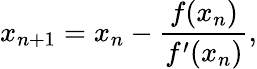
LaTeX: x_{n+1}=x_{n}-{\frac{f(x_{n})}{f^{\prime}(x_{n})}},